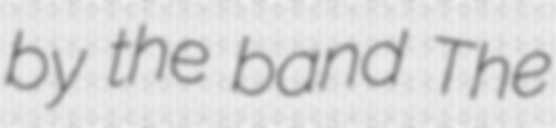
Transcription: by the band The